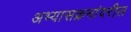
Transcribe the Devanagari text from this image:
अभ्यासक्रमांवरील